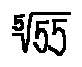
\sqrt [ 5 ] { 5 5 }